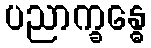
ပညာက္ခန္ဓေ